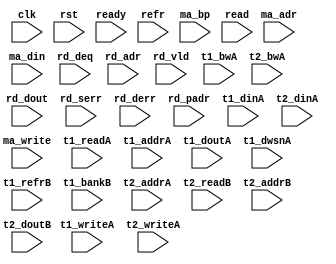
/*
 * Copyright (C) 2011 Memoir Systems Inc. These coded instructions, statements, and computer programs are
 * Confidential Proprietary Information of Memoir Systems Inc. and may not be disclosed to third parties
 * or copied in any form, in whole or in part, without the prior written consent of Memoir Systems Inc.
 * 
 * */

module algo_1r8m_m80_sva_wrap
#(parameter IP_WIDTH = 32, parameter IP_BITWIDTH = 5, parameter IP_DECCBITS = 7, parameter IP_NUMADDR = 8192, parameter IP_BITADDR = 13, 
parameter IP_NUMVBNK = 4,	parameter IP_BITVBNK = 2, parameter IP_BITPBNK = 3,
parameter IP_ENAECC = 0, parameter IP_ENAPAR = 0, parameter IP_SECCBITS = 4, parameter IP_SECCDWIDTH = 3, 
parameter FLOPECC = 0, parameter FLOPIN = 0, parameter FLOPOUT = 0, parameter FLOPCMD = 0, parameter FLOPMEM = 0,
parameter IP_REFRESH = 1, parameter IP_REFFREQ = 6,  parameter IP_REFFRHF = 0,

parameter T1_WIDTH = 32, parameter T1_NUMVBNK = 4, parameter T1_BITVBNK = 2, parameter T1_DELAY = 1, parameter T1_NUMVROW = 2048, parameter T1_BITVROW = 11, 
parameter T1_BITWSPF = 0, parameter T1_NUMWRDS = 1, parameter T1_BITWRDS = 1, parameter T1_NUMSROW = 2048, parameter T1_BITSROW = 11, parameter T1_PHYWDTH = 32,
parameter T1_NUMRBNK = 2, parameter T1_BITRBNK = 1, parameter T1_NUMRROW = 256, parameter T1_BITRROW = 8, parameter T1_NUMPROW = 1024, parameter T1_BITPROW = 10,
parameter T1_BITDWSN = 8, 
parameter T1_NUMDWS0 = 0, parameter T1_NUMDWS1 = 0, parameter T1_NUMDWS2 = 0, parameter T1_NUMDWS3 = 0,
parameter T1_NUMDWS4 = 0, parameter T1_NUMDWS5 = 0, parameter T1_NUMDWS6 = 0, parameter T1_NUMDWS7 = 0,
parameter T1_NUMDWS8 = 0, parameter T1_NUMDWS9 = 0, parameter T1_NUMDWS10 = 0, parameter T1_NUMDWS11 = 0,
parameter T1_NUMDWS12 = 0, parameter T1_NUMDWS13 = 0, parameter T1_NUMDWS14 = 0, parameter T1_NUMDWS15 = 0,

parameter T2_WIDTH = 11, parameter T2_NUMVBNK = 4, parameter T2_BITVBNK = 2, parameter T2_DELAY = 1, parameter T2_NUMVROW = 2048, parameter T2_BITVROW = 11,
parameter T2_BITWSPF = 0, parameter T2_NUMWRDS = 1, parameter T2_BITWRDS = 1, parameter T2_NUMSROW = 2048, parameter T2_BITSROW = 11, parameter T2_PHYWDTH = 11)
( clk, 		rst, 		ready,		refr,
  ma_write, 	ma_adr, 	ma_din,	        ma_bp,
  read, 	rd_deq,		rd_adr, 	rd_dout, 	rd_vld, 	rd_serr, 	rd_derr, 	rd_padr,

t1_readA, t1_writeA, t1_addrA, t1_dinA, t1_bwA, t1_doutA, t1_dwsnA,
t1_refrB, t1_bankB,
t2_writeA, t2_addrA, t2_dinA, t2_bwA, 
t2_readB, t2_addrB, t2_doutB);

  parameter NUMRDPT = 1;
  parameter NUMWRPT = 8;
  
  parameter T1_INST = T1_NUMVBNK;
  parameter T2_INST = T2_NUMVBNK;
  
  parameter WIDTH = IP_WIDTH;
  parameter BITWDTH = IP_BITWIDTH;
  parameter NUMADDR = IP_NUMADDR;
  parameter BITADDR = IP_BITADDR;
  
  parameter NUMVROW = T1_NUMVROW;  // ALGO1 Parameters
  parameter BITVROW = T1_BITVROW;
  parameter BITPROW = T1_BITPROW;
  parameter NUMVBNK = T1_NUMVBNK;
  parameter BITVBNK = T1_BITVBNK;
  
  parameter NUMWRDS = T1_NUMWRDS;     // ALIGN Parameters
  parameter BITWRDS = T1_BITWRDS;
  parameter NUMSROW = T1_NUMSROW;
  parameter BITSROW = T1_BITSROW;
  
  parameter REFRESH = IP_REFRESH;      // REFRESH Parameters 
  parameter NUMRBNK = T1_NUMRBNK;
  parameter BITWSPF = T1_BITWSPF;
  parameter BITRBNK = T1_BITRBNK;
  parameter NUMRROW = T1_NUMRROW;
  parameter BITRROW = T1_BITRROW;
  parameter REFFREQ = IP_REFFREQ;
  
  parameter ECCBITS = IP_SECCBITS;
  parameter SRAM_DELAY = T2_DELAY;
  parameter DRAM_DELAY = T1_DELAY;
  
  parameter BITDWSN = T1_BITDWSN;		//DWSN Parameters
  parameter NUMDWS0 = T1_NUMDWS0;
  parameter NUMDWS1 = T1_NUMDWS1;
  parameter NUMDWS2 = T1_NUMDWS2;
  parameter NUMDWS3 = T1_NUMDWS3;
  parameter NUMDWS4 = T1_NUMDWS4;
  parameter NUMDWS5 = T1_NUMDWS5;
  parameter NUMDWS6 = T1_NUMDWS6;
  parameter NUMDWS7 = T1_NUMDWS7;
  parameter NUMDWS8 = T1_NUMDWS8;
  parameter NUMDWS9 = T1_NUMDWS9;
  parameter NUMDWS10 = T1_NUMDWS10;
  parameter NUMDWS11 = T1_NUMDWS11;
  parameter NUMDWS12 = T1_NUMDWS12;
  parameter NUMDWS13 = T1_NUMDWS13;
  parameter NUMDWS14 = T1_NUMDWS14;
  parameter NUMDWS15 = T1_NUMDWS15;

  parameter MEMWDTH = WIDTH;
  parameter PHYWDTH = NUMWRDS*MEMWDTH;
  parameter BITPADR = BITVBNK+BITSROW+BITWRDS+1;
  parameter SDOUT_WIDTH = BITVROW;

input clk; input rst; input refr;
input ready; 

input  [NUMWRPT - 1:0]				ma_write; 
input  [NUMWRPT* BITADDR - 1:0] 	ma_adr; 
input  [NUMWRPT* WIDTH - 1:0]		ma_din;
input  [NUMWRPT - 1:0]				ma_bp; 

input  [NUMRDPT - 1:0] 				read; 
input  [NUMRDPT - 1:0] 				rd_deq; 
input  [NUMRDPT* BITADDR - 1:0] 	rd_adr; 
input [NUMRDPT* WIDTH - 1:0] 		rd_dout; 
input [NUMRDPT - 1:0] 				rd_vld; 
input [NUMRDPT - 1:0] 				rd_serr; 
input [NUMRDPT - 1:0] 				rd_derr; 
input [NUMRDPT* BITPADR - 1:0] 	rd_padr;

input [T1_INST - 1:0] 			t1_readA; 
input [T1_INST- 1:0] 			t1_writeA; 
input [T1_INST*BITSROW - 1:0] t1_addrA; 
input [T1_INST*PHYWDTH - 1:0] 	t1_dinA;
input [T1_INST*PHYWDTH - 1:0] 	t1_bwA; 
input  [T1_INST*PHYWDTH - 1:0] 	t1_doutA;
input [T1_INST*BITDWSN - 1:0] t1_dwsnA;

input [T1_INST - 1:0] 			t1_refrB; 
input [T1_INST*BITRBNK - 1:0] 	t1_bankB;

input [T2_INST - 1:0] t2_writeA; 
input [T2_INST*BITVROW - 1:0] t2_addrA; 
input [T2_INST*SDOUT_WIDTH - 1:0] t2_dinA; 
input [T2_INST*SDOUT_WIDTH - 1:0] t2_bwA;

input [T2_INST - 1:0] t2_readB; 
input [T2_INST*BITVROW - 1:0] t2_addrB; 
input  [T2_INST*SDOUT_WIDTH - 1:0] t2_doutB;

endmodule